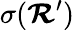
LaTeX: \sigma({\boldsymbol{\mathcal{R}}}^{\prime})